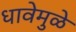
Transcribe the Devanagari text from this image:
धावेमुळे